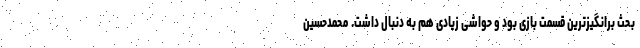
بحث برانگیزترین قسمت بازی بود و حواشی زیادی هم به دنبال داشت. محمدحسین